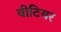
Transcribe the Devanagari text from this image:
वीटियर